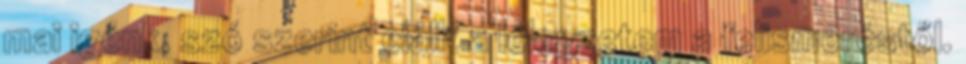
mai igénk, szó szerint elállt a lélegzetem a felismeréstől.